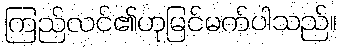
ကြည်လင်၏ဟုမြင်မက်ပါသည်။